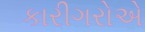
કારીગરોએ